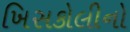
ખિસકોલીનો